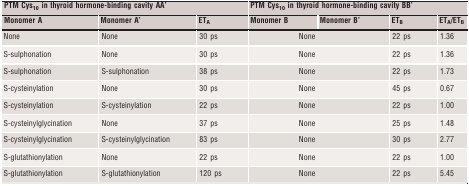
| <COLSPAN=3> PTM Cys10 in thyroid hormone-binding cavity AA' | <COLSPAN=4> PTM Cys10 in thyroid hormone-binding cavity BB' |
 | Monomer A | Monomer A' | ETA | Monomer B | Monomer B' | ETB | ETA/ETB |
 | --- | --- | --- | --- | --- | --- | --- |
 | None | None | 30 ps | <COLSPAN=2> None | 22 ps | 1.36 |
 | S-sulphonation | None | 30 ps | <COLSPAN=2> None | 22 ps | 1.36 |
 | S-sulphonation | S-sulphonation | 38 ps | <COLSPAN=2> None | 22 ps | 1.73 |
 | S-cysteinylation | None | 30 ps | <COLSPAN=2> None | 45 ps | 0.67 |
 | S-cysteinylation | S-cysteinylation | 22 ps | <COLSPAN=2> None | 22 ps | 1.00 |
 | S-cysteinylglycination | None | 37 ps | <COLSPAN=2> None | 25 ps | 1.48 |
 | S-cysteinylglycination | S-cysteinylglycination | 83 ps | <COLSPAN=2> None | 30 ps | 2.77 |
 | S-glutathionylation | None | 22 ps | <COLSPAN=2> None | 22 ps | 1.00 |
 | S-glutathionylation | S-glutathionylation | 120 ps | <COLSPAN=2> None | 22 ps | 5.45 |